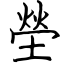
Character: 塋